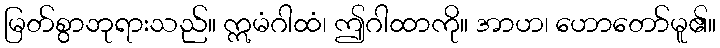
မြတ်စွာဘုရားသည်။ ဣမံဂါထံ၊ ဤဂါထာကို။ အာဟ၊ ဟောတော်မူ၏။